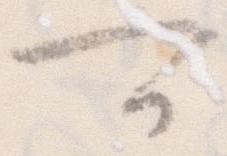
可